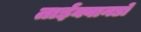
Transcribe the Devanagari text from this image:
ताईक्वानडो